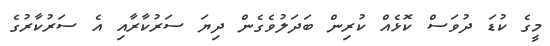
މީގެ ކުޑަ ދުވަސް ކޮޅެއް ކުރިން ބަދަލުވެގެން ދިޔަ ސަރުކާރާއި އެ ސަރުކާރުގެ